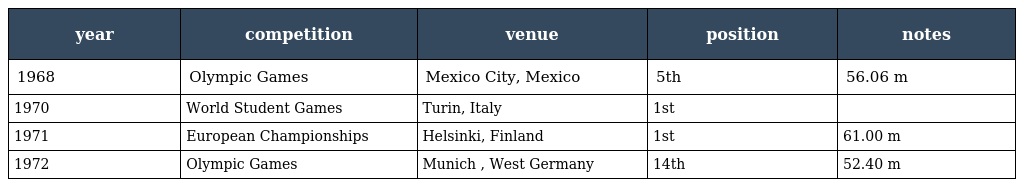
| year | competition | venue | position | notes |
 | --- | --- | --- | --- | --- |
 | 1968 | Olympic Games | Mexico City, Mexico | 5th | 56.06 m |
 | 1970 | World Student Games | Turin, Italy | 1st |  |
 | 1971 | European Championships | Helsinki, Finland | 1st | 61.00 m |
 | 1972 | Olympic Games | Munich , West Germany | 14th | 52.40 m |